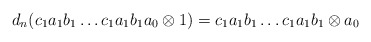
\begin{align*}d_n(c_1a_1b_1 \dots c_1a_1b_1a_0 \otimes 1) = c_1a_1b_1 \dots c_1a_1b_1 \otimes a_0\end{align*}